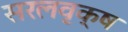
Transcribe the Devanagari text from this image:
सरलवृक्ष